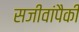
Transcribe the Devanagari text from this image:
सजीवांपैकी